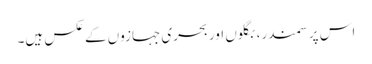
اس پر سمندر، بگلوں اور بحری جہازوں کے عکس ہیں۔